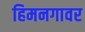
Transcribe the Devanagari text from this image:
हिमनगावर